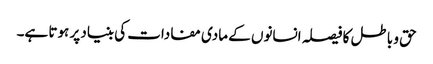
حق و باطل کا فیصلہ انسانوں کے مادی مفادات کی بنیاد پر ہوتا ہے۔